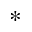
^ *